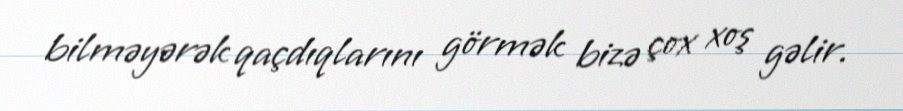
bilməyərək qaçdıqlarını görmək bizə çox xoş gəlir.